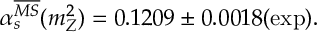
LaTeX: \alpha _ { s } ^ { \overline { { { M S } } } } ( m _ { Z } ^ { 2 } ) = 0 . 1 2 0 9 \pm 0 . 0 0 1 8 ( \mathrm { e x p } ) .